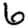
Digit: 6